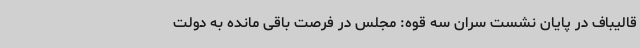
قالیباف در پایان نشست سران سه قوه: مجلس در فرصت باقی مانده به دولت